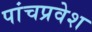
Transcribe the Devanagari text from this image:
पांचप्रवेश